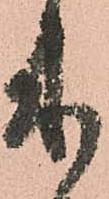
来